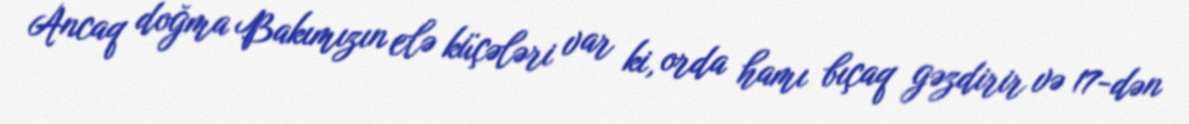
Ancaq doğma Bakımızın elə küçələri var ki, orda hamı bıçaq gəzdirir və 17-dən